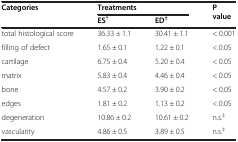
<table><thead><tr><td rowspan="2"><b>Categories</b></td><td colspan="2"><b>Treatments</b></td><td rowspan="2"><b>P value</b></td></tr><tr><td><b>ES<sup>*</sup></b></td><td><b>ED<sup>†</sup></b></td></tr></thead><tbody><tr><td>total histological score</td><td>36.33 ± 1.1</td><td>30.41 ± 1.1</td><td>&lt; 0.001</td></tr><tr><td>filling of defect</td><td>1.65 ± 0.1</td><td>1.22 ± 0.1</td><td>&lt; 0.05</td></tr><tr><td>cartilage</td><td>6.75 ± 0.4</td><td>5.20 ± 0.4</td><td>&lt; 0.05</td></tr><tr><td>matrix</td><td>5.83 ± 0.4</td><td>4.46 ± 0.4</td><td>&lt; 0.05</td></tr><tr><td>bone</td><td>4.57 ± 0.2</td><td>3.90 ± 0.2</td><td>&lt; 0.05</td></tr><tr><td>edges</td><td>1.81 ± 0.2</td><td>1.13 ± 0.2</td><td>&lt; 0.05</td></tr><tr><td>degeneration</td><td>10.86 ± 0.2</td><td>10.61 ± 0.2</td><td>n.s.<sup>‡</sup></td></tr><tr><td>vascularity</td><td>4.86 ± 0.5</td><td>3.89 ± 0.5</td><td>n.s.<sup>‡</sup></td></tr></tbody></table>